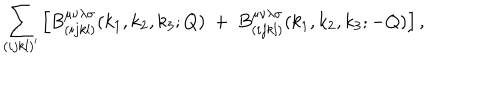
LaTeX: \sum _ { ( i j k l ) ^ { \prime } } \left[ B _ { ( i j k l ) } ^ { \mu \nu \lambda \sigma } ( k _ { 1 } , k _ { 2 } , k _ { 3 } ; Q ) ~ + ~ B _ { ( i j k l ) } ^ { \mu \nu \lambda \sigma } ( k _ { 1 } , k _ { 2 } , k _ { 3 } ; - Q ) \right] ,